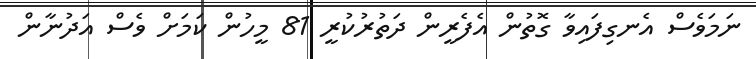
ނަމަވެސް އެނގިފައިވާ ގޮތުން އެފެރީން ދަތުރުކުރީ 81 މީހުން ކަމަށް ވެސް އަދުނާން